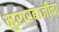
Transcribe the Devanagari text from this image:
मुरारबाजीचा